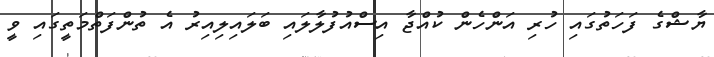
ޔާޝްގެ ފަހަތުގައި ހުރި އަންހެން ކުއްޖާ އިސްއުފުލާލައި ބަލައިލިއިރު އެ ތުންފަތްމަތީގައި ވީ